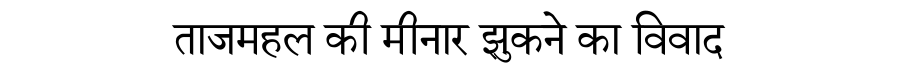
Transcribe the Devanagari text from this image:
ताजमहल की मीनार झुकने का विवाद